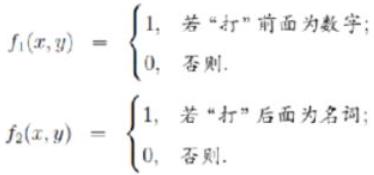
\(f_1(x,y)=\)\\
\begin{cases}
1, & \text{若}“\text{打}”\text{前面为数字}; \\
0, & \text{否则}.\\
\end{cases}
\(f_2(x,y)=\)\\
\begin{cases}
1, & \text{若}“\text{打}”\text{后面为名词}; \\
0, & \text{否则}.\\
\end{cases}